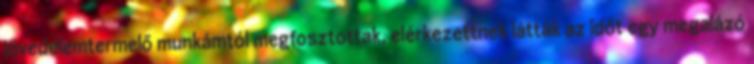
jövede­lemtermelő munkámtól megfosztottak, elérkezettnek látták az időt egy megalázó